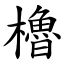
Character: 櫓